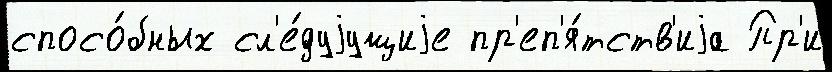
спосо́бных сл'е́дуjущиjе пр'еп'я́тств'иjа Пр'и